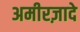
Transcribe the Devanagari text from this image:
अमीरज़ादे